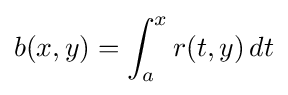
b(x,y)=\int _{a}^{x}r(t,y)\,dt